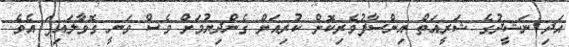
އަދި ނަޝީދުގެ ޝަރީއަތް އިންސާފުވެރިކޮށް ކުރިއަށް ގެންދިޔުމަށް ވެސް ވަނީ ގޮވާލައިފަ އެވެ.